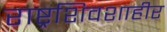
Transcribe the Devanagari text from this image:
राष्ट्रशिवशाहीर